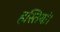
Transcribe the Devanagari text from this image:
हस्तियां।